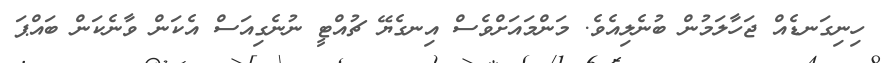
ހިނިގަނޑެއް ޖަހާލަމުން ބުނެލިއެވެ. މަންމައަށްވެސް އިނގެޔޭ ޗުއްޓީ ނުނެގިއަސް އެކަން ވާނެކަން ބައްޕަ